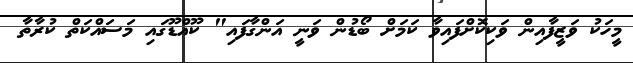
މީހަކު ވަޒީފާއިން ވަކިކޮށްފައިވާ ކަމަށް ބޯޑުން ވަނީ އަންގާފައި" ކޫއްޑޫގައި މަސައްކަތް ކުރާތާ